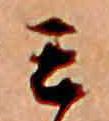
ミ